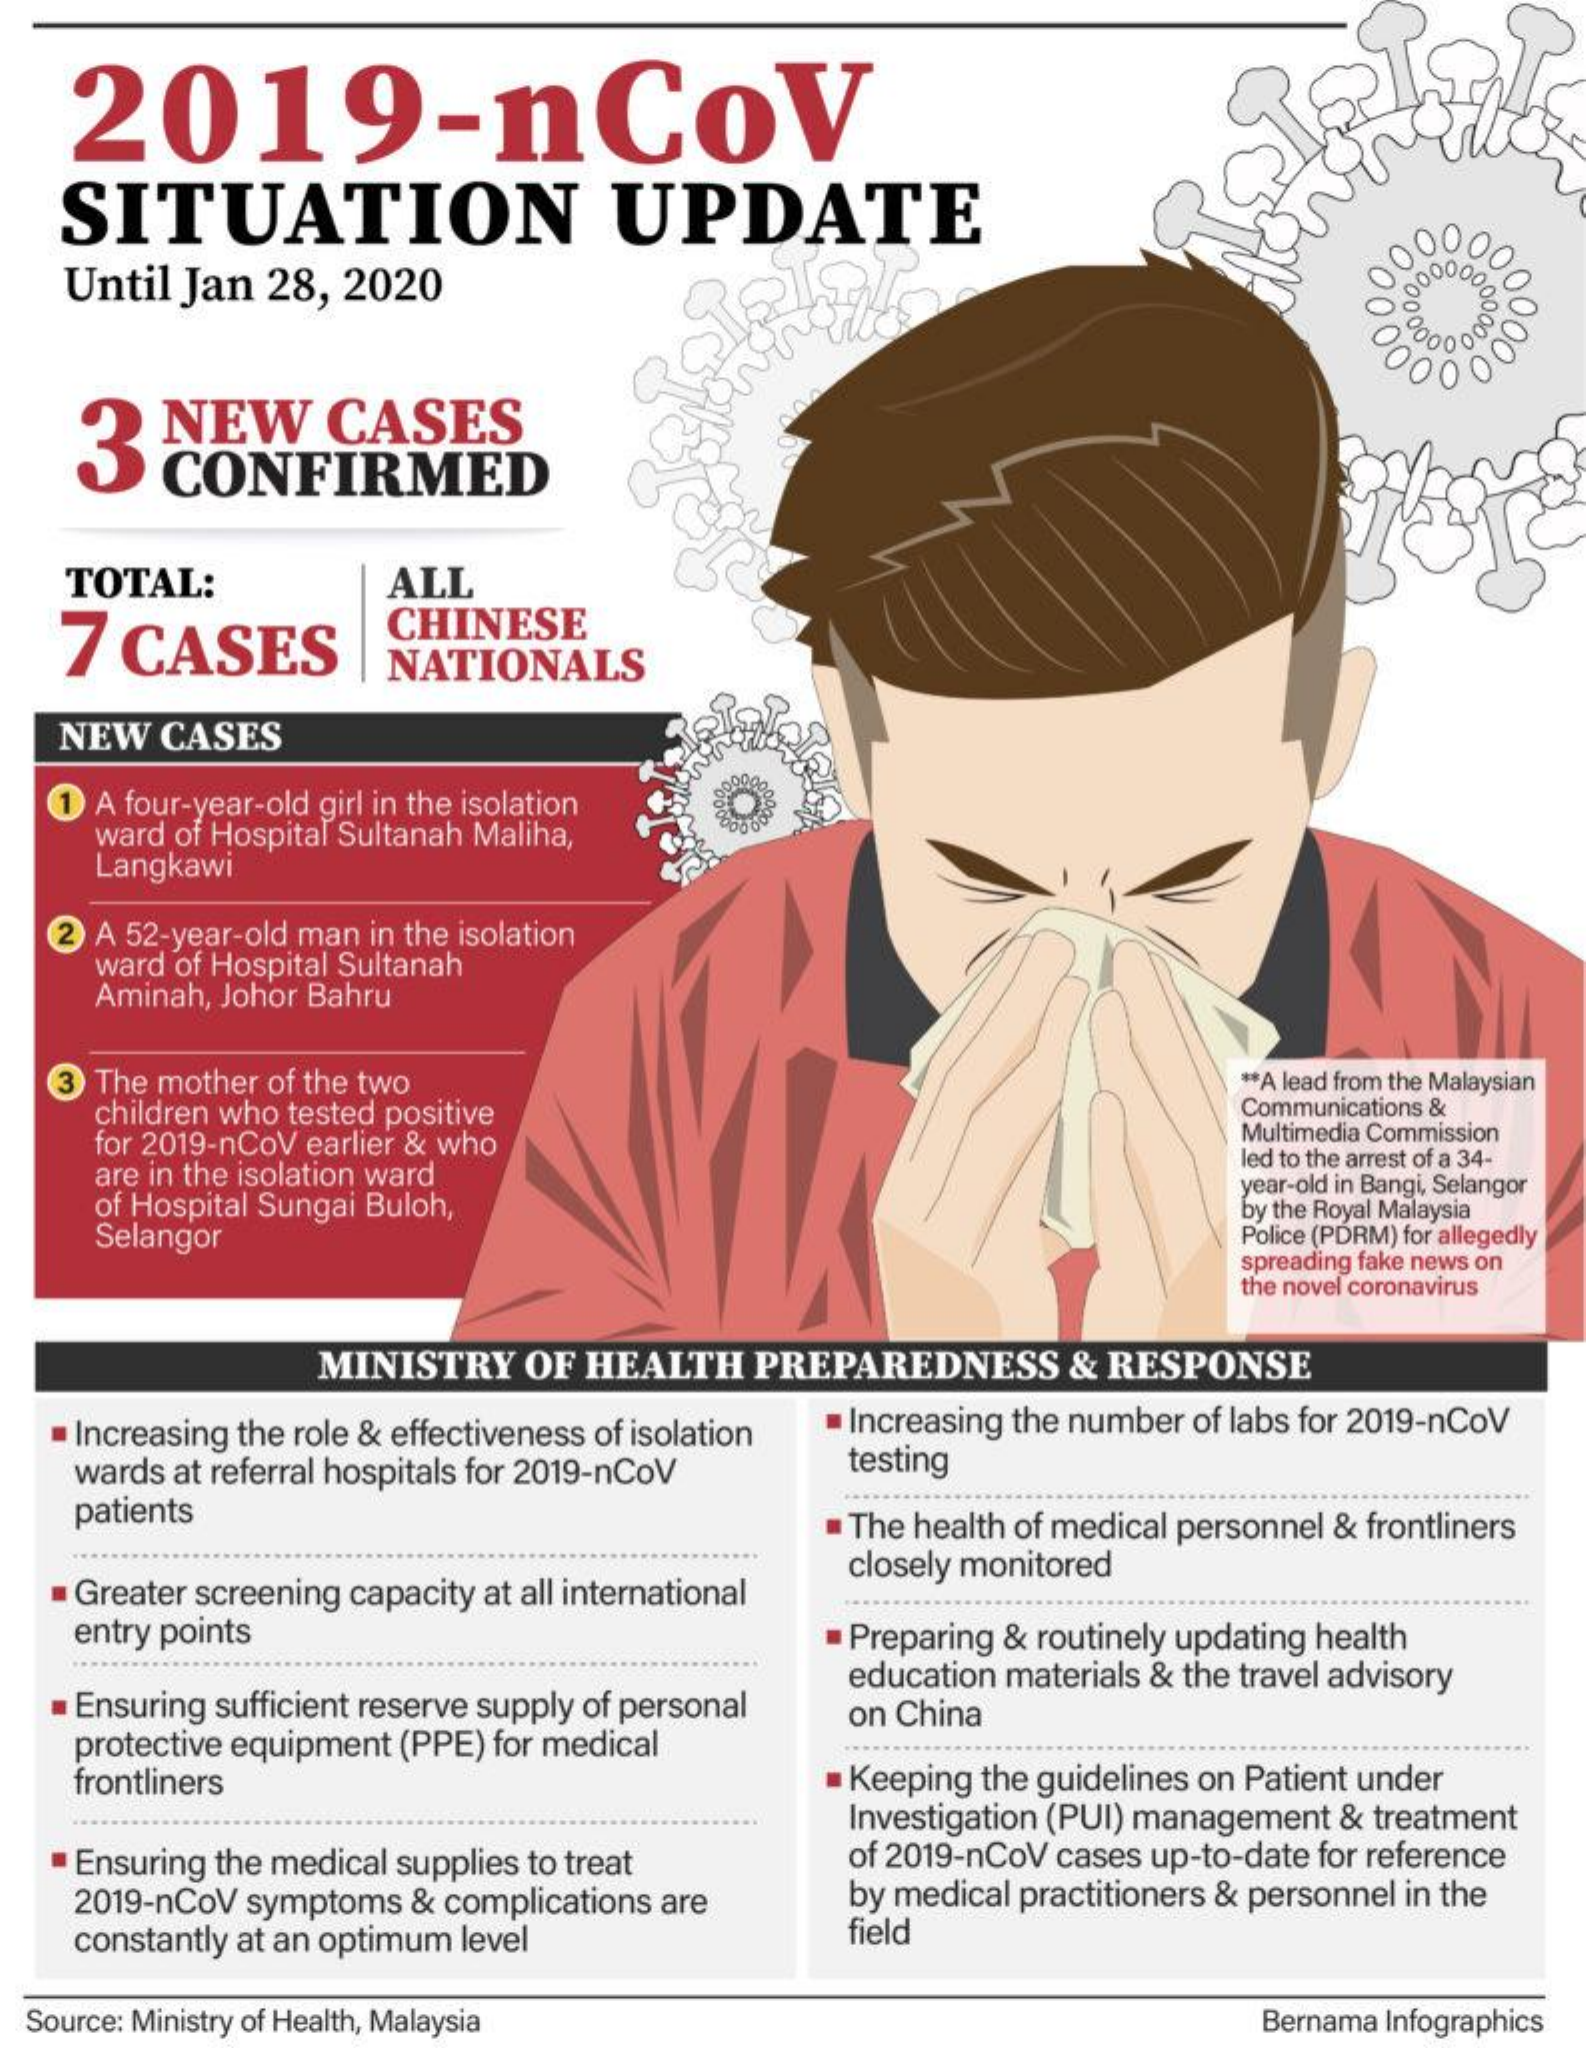
2019-ncov
    SITUATION    UPDATE
     0800000000 Until Jan 28, 2020
     00009
    3    NEW    CASES
     000000
     CONFIRMED
    TOTAL:    ALL
    7 CASES    CHINESE
     NATIONALS
   NEW   CASES
   1 A four-year-old girl in the isolation
     ward of Hospital Sultanah Maliha,
     Langkawi
   2 A 52-year-old man in the isolation
     ward of Hospital Sultanah
     Aminah, Johor Bahru
    3 The mother of the two
     children who tested positive
     ** A lead from the Malaysian
     Communications &
     for 2019-nCoV earlier & who    Multimedia Commission
     are in the isolation ward
     led to the arrest of a 34-
     of Hospital Sungai Buloh,
     year-old in Bangi, Selangor
     Selangor
     by the Royal Malaysia
     Police (PDRM) for allegedly
     spreading fake news on
     the novel coronavirus
     MINISTRY   OF HEALTH    PREPAREDNESS    & RESPONSE
    Increasing the role & effectiveness of isolation Increasing the number of labs for 2019-nCoV
    wards at referral hospitals for 2019-nCoV  testing
    patients    The health of medical personnel & frontliners
    Greater screening capacity at all international
     closely monitored
    entry points    Preparing & routinely updating health
    Ensuring sufficient reserve supply of personal
     education materials & the travel advisory
    protective equipment (PPE) for medical
     on China
    frontliners    Keeping the guidelines on Patient under
     Investigation (PUI) management & treatment
    Ensuring the medical supplies to treat    of 2019-nCoV cases up-to-date for reference
    2019-nCoV symptoms & complications are    by medical practitioners & personnel in the
    constantly at an optimum level    field
  Source: Ministry of Health, Malaysia    Bernama Infographics